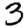
Digit: 3